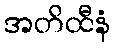
အတိထီနံ